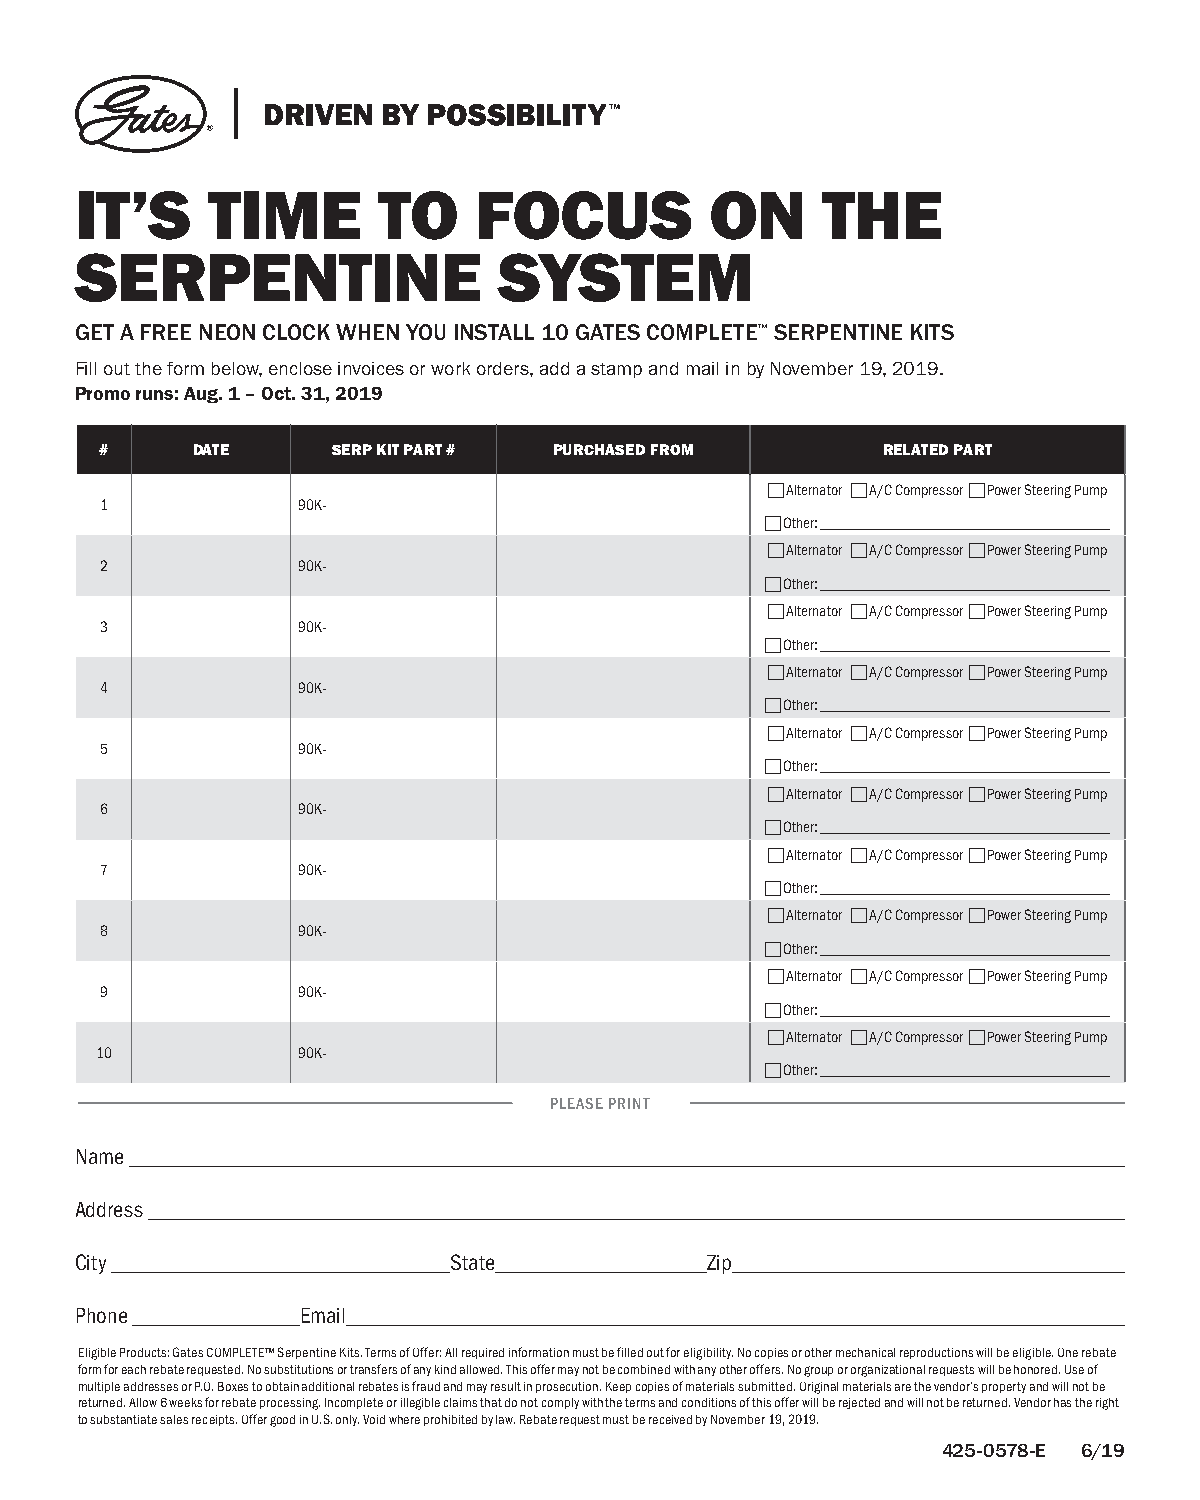
IT’S     TIME       TO    FOCUS           ON     THE
 SERPENTINE                  SYSTEM
 GET A FREE NEON CLOCK WHEN YOU INSTALL 10 GATES COMPLETE™ SERPENTINE KITS
 Fill out the form below, enclose invoices or work orders, add a stamp and mail in by November 19, 2019.
 Promo runs: Aug. 1 – Oct. 31, 2019
 #     DATE     SERP KIT PART # PURCHASED FROM      RELATED PART
  Alternator  A/C Compressor  Power Steering Pump
 1            90K-
  Other: _____________________________________
  Alternator  A/C Compressor  Power Steering Pump
 2            90K-
  Other: _____________________________________
  Alternator  A/C Compressor  Power Steering Pump
 3            90K-
  Other: _____________________________________
  Alternator  A/C Compressor  Power Steering Pump
 4            90K-
  Other: _____________________________________
  Alternator  A/C Compressor  Power Steering Pump
 5            90K-
  Other: _____________________________________
  Alternator  A/C Compressor  Power Steering Pump
 6            90K-
  Other: _____________________________________
  Alternator  A/C Compressor  Power Steering Pump
 7            90K-
  Other: _____________________________________
  Alternator  A/C Compressor  Power Steering Pump
 8            90K-
  Other: _____________________________________
  Alternator  A/C Compressor  Power Steering Pump
 9            90K-
  Other: _____________________________________
  Alternator  A/C Compressor  Power Steering Pump
 10            90K-
  Other: _____________________________________
 PLEASE PRINT
 Name
 Address
 City                     State            Zip
 Phone          Email
 Eligible Products: Gates COMPLETE™ Serpentine Kits. Terms of Offer: All required information must be filled out for eligibility. No copies or other mechanical reproductions will be eligible. One rebate
 form for each rebate requested. No substitutions or transfers of any kind allowed. This offer may not be combined with any other offers. No group or organizational requests will be honored. Use of
 multiple addresses or P.O. Boxes to obtain additional rebates is fraud and may result in prosecution. Keep copies of materials submitted. Original materials are the vendor’s property and will not be
 returned. Allow 6 weeks for rebate processing. Incomplete or illegible claims that do not comply with the terms and conditions of this offer will be rejected and will not be returned. Vendor has the right
 to substantiate sales receipts. Offer good in U.S. only. Void where prohibited by law. Rebate request must be received by November 19, 2019.
 425-0578-E 6/19